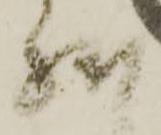
然